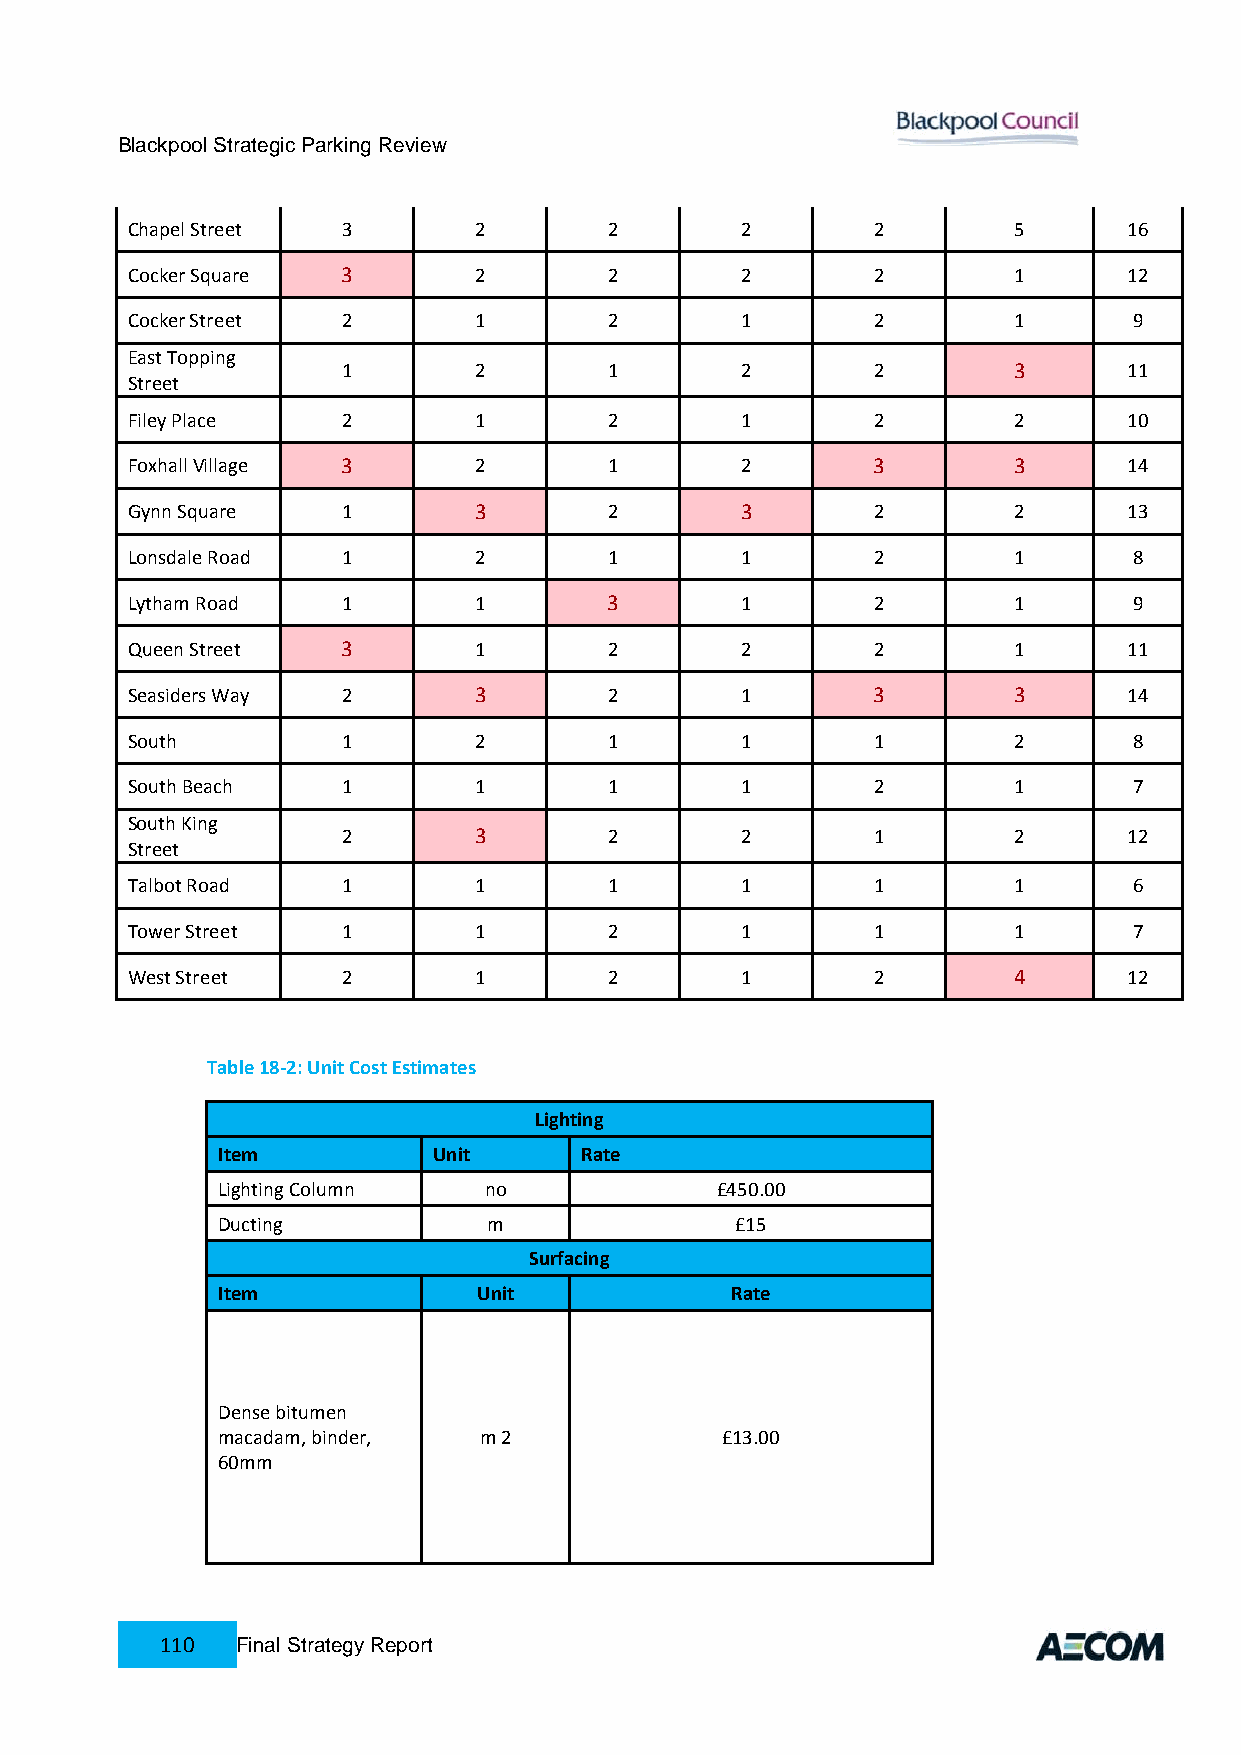
Blackpool Strategic Parking Review
 Chapel Street  3       2        2        2        2        5       16
 Cocker Square  3       2        2        2        2        1       12
 Cocker Street  2       1        2        1        2        1       9
 East Topping
 1       2        1        2        2        3       11
 Street
 Filey Place    2       1        2        1        2        2       10
 Foxhall Village 3      2        1        2        3        3       14
 Gynn Square    1       3        2        3        2        2       13
 Lonsdale Road  1       2        1        1        2        1       8
 Lytham Road    1       1        3        1        2        1       9
 Queen Street   3       1        2        2        2        1       11
 Seasiders Way  2       3        2        1        3        3       14
 South          1       2        1        1        1        2       8
 South Beach    1       1        1        1        2        1       7
 South King
 2       3        2        2        1        2       12
 Street
 Talbot Road    1       1        1        1        1        1       6
 Tower Street   1       1        2        1        1        1       7
 West Street    2       1        2        1        2        4       12
 Table 18-2: Unit Cost Estimates
 Lighting
 Item           Unit     Rate
 Lighting Column   no             £450.00
 Ducting           m                £15
 Surfacing
 Item              Unit            Rate
 Dense bitumen
 macadam, binder,  m 2             £13.00
 60mm
 110  Final Strategy Report